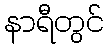
နာရီတွင်